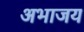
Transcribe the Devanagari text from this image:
अभाजय